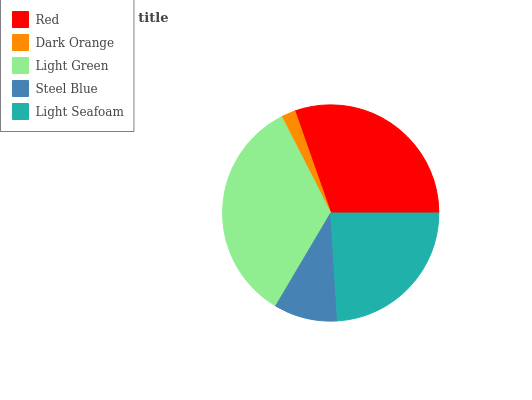
| Red | Dark Orange | Light Green | Steel Blue | Light Seafoam |
 | --- | --- | --- | --- | --- |
 | 30.4% | 2.11% | 34% | 9.51% | 24% |